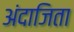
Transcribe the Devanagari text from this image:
अंदाजिता